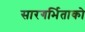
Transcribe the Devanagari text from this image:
सारगर्भिताको